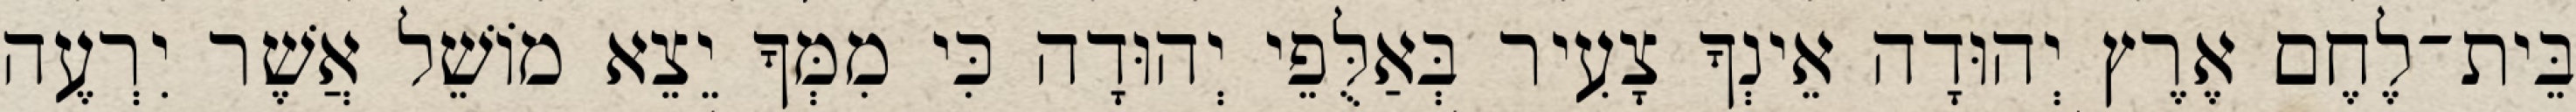
בֵּית־לֶחֶם אֶרֶץ יְהוּדָה אֵינְךָ צָעִיר בְּאַלֻּפֵי יְהוּדָה כִּי מִמְּךָ יֵצֵא מוֹשֵׁל אֲשֶׁר יִרְעֶה